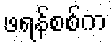
ဖရန်စစ်က